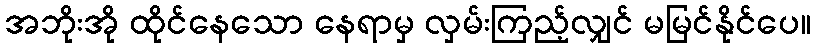
အဘိုးအို ထိုင်နေသော နေရာမှ လှမ်းကြည့်လျှင် မမြင်နိုင်ပေ။